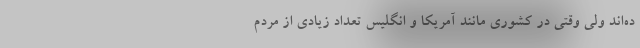
ده‌اند ولی وقتی در کشوری مانند آمریکا و انگلیس تعداد زیادی از مردم